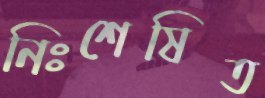
নিঃশেষিত